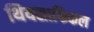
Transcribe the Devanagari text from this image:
थियसाफिकल